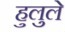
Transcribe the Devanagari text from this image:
हुलुले